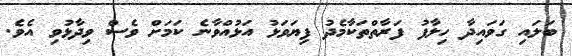
ބަލައި ގަވައިދާ ހިލާފު ފަރާތްތަކާމެދު ފިޔަވަޅު އަޅުއްވާނެ ކަމަށް ވެސް ވިދާޅުވި އެވެ.